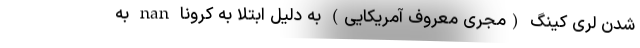
شدن لری کینگ (مجری معروف آمریکایی) به دلیل ابتلا به کرونا nan به